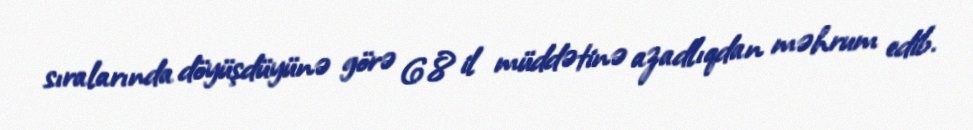
sıralarında döyüşdüyünə görə 6.8 il müddətinə azadlıqdan məhrum edib.